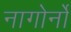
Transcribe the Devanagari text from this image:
नागोर्नो